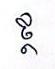
ថ្ថ